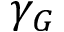
\gamma _ { G }